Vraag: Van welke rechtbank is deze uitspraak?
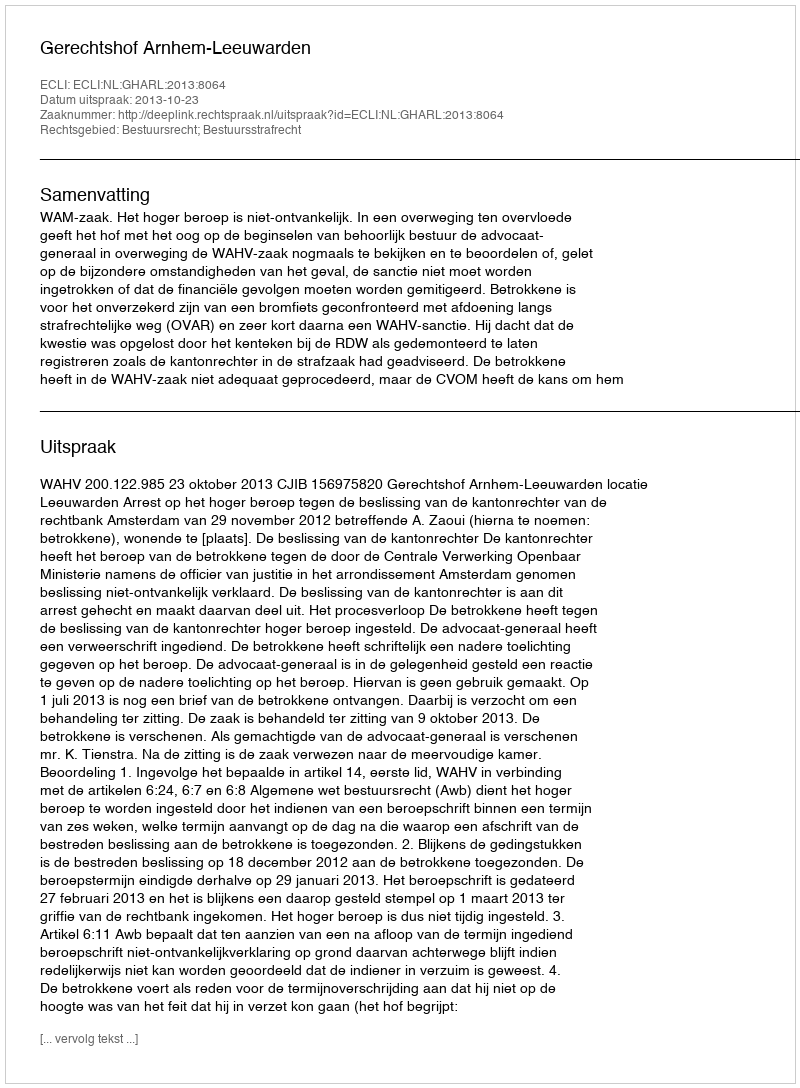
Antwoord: Gerechtshof Arnhem-Leeuwarden